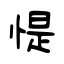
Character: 惿